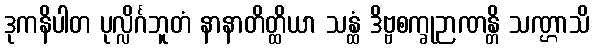
ဒုကနိပါတ ပုလ္လိင်္ဂဘူတံ နာနာတိတ္ထိယာ သန္ထံ ဒိဗ္ဗစက္ခုဉာဏန္တိ သဏ္ဌာသိ